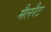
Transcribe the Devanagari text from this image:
मैलरैट